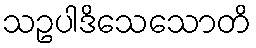
သဥပါဒိသေသောတိ